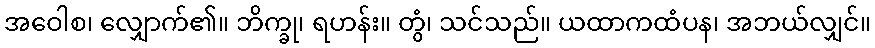
အဝေါစ၊ လျှောက်၏။ ဘိက္ခု၊ ရဟန်း။ တွံ၊ သင်သည်။ ယထာကထံပန၊ အဘယ်လျှင်။